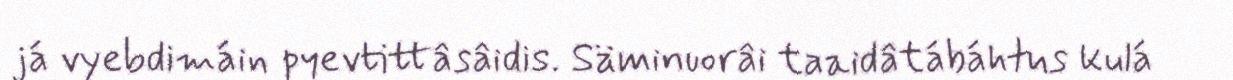
já vyebdimáin pyevtittâsâidis. Säminuorâi taaidâtábáhtus kulá